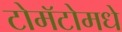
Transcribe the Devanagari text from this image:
टोमॅटोमधे